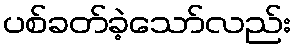
ပစ်ခတ်ခဲ့သော်လည်း